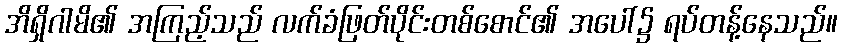
အိရှိဂါမိ၏ အကြည့်သည် လက်ခံဖြတ်ပိုင်းတစ်စောင်၏ အပေါ်၌ ရပ်တန့်နေသည်။